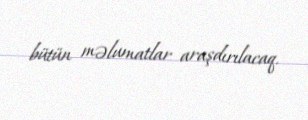
bütün məlumatlar araşdırılacaq.